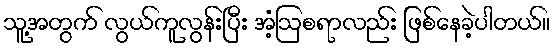
သူ့အတွက် လွယ်ကူလွန်းပြီး အံ့ဩစရာလည်း ဖြစ်နေခဲ့ပါတယ်။